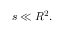
s \ll R ^ { 2 } .